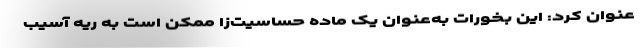
عنوان کرد: این بخورات به‌عنوان یک ماده حساسیت‌زا ممکن است به ریه آسیب